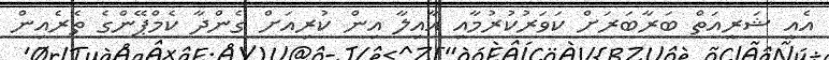
އެއީ ޝަރީއަތް ބަރާބަރަށް ކަވަރުކުރުމާއި އާއިލާ އިން ކުރިއަށް ގެންދާ ކެމްޕޭންގެ ތެރެއިން